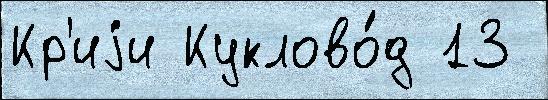
Кр'иjи Куклово́д 13